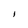
Character: l